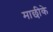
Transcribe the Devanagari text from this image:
माछीके